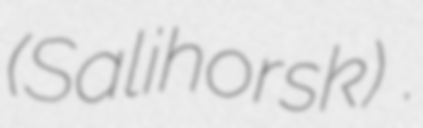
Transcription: (Salihorsk) .